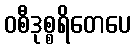
ဝစီဒုစ္စရိတေပေ